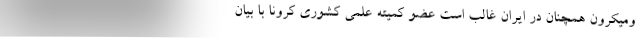
ومیکرون همچنان در ایران غالب است عضو کمیته علمی کشوری کرونا با بیان